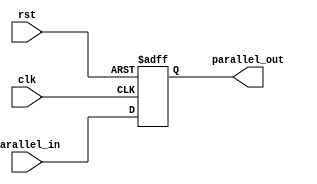
module pipo_register (
  input wire clk,          // Clock input
  input wire rst,          // Reset input
  input wire parallel_in,  // Parallel input
  output wire parallel_out // Parallel output
);

  reg [3:0] reg_data;      // 4-bit data register

  always @(posedge clk or posedge rst) begin
    if (rst) begin
      reg_data <= 4'b0000; // Reset the register to 0
    end else begin
      reg_data <= parallel_in; // Load parallel input
    end
  end

  assign parallel_out = reg_data; // Output the contents of the register

endmodule